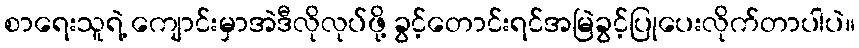
စာရေးသူရဲ့ ကျောင်းမှာအဲဒီလိုလုပ်ဖို့ ခွင့်တောင်းရင်အမြဲခွင့်ပြုပေးလိုက်တာပါပဲ။